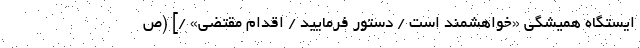
ایستگاه همیشگی «خواهشمند است / دستور فرمایید / اقدام مقتضی» /] (ص